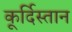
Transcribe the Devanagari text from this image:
कूर्दिस्तान